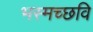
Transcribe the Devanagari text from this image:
भस्मच्छवि